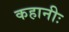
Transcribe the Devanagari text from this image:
कहानीः